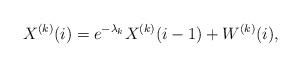
LaTeX: \begin{align*}X^{(k)}(i)=e^{-\lambda _k}X^{(k)}(i-1)+W^{(k)}(i),\end{align*}